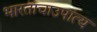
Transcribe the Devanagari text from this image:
भारताचाउपांत्य